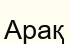
Арақ